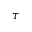
\tau